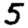
Digit: 5